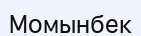
Момынбек